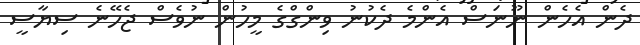
ދެން އެހެން ނޫނަސް އެންމެ ދެކުނު ވިންގްގެ މީހުން ނުވެސް ޖެހޭނެ ސިޔާސީ